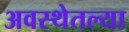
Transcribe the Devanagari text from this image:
अवस्थेतल्या